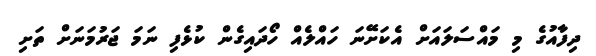
ދިފާއުގެ މި މައްސަލައަށް އެކަށޭނަ ހައްލެއް ހޯދައިގެން ކުޅެފި ނަމަ ޖަރުމަނަށް ތަށި